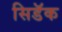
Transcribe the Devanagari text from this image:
सिडॅक